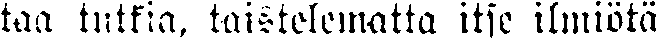
taa tutkia, taistelematta itse ilmiötä